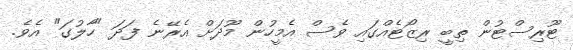
ޓޫރިސްޓުން ތިބީ ރިޒޯޓެއްގައި ވެސް އެމީހުން މޫދަށް އެރޭނެ ފަދަ "ހާލުގަ" އެވެ.